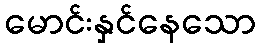
မောင်းနှင်နေသော